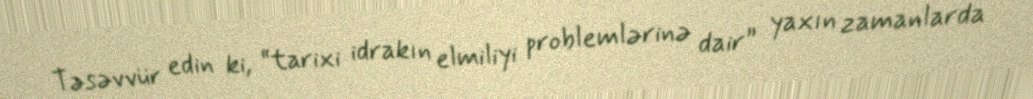
Təsəvvür edin ki, “tarixi idrakın elmiliyi problemlərinə dair” yaxın zamanlarda